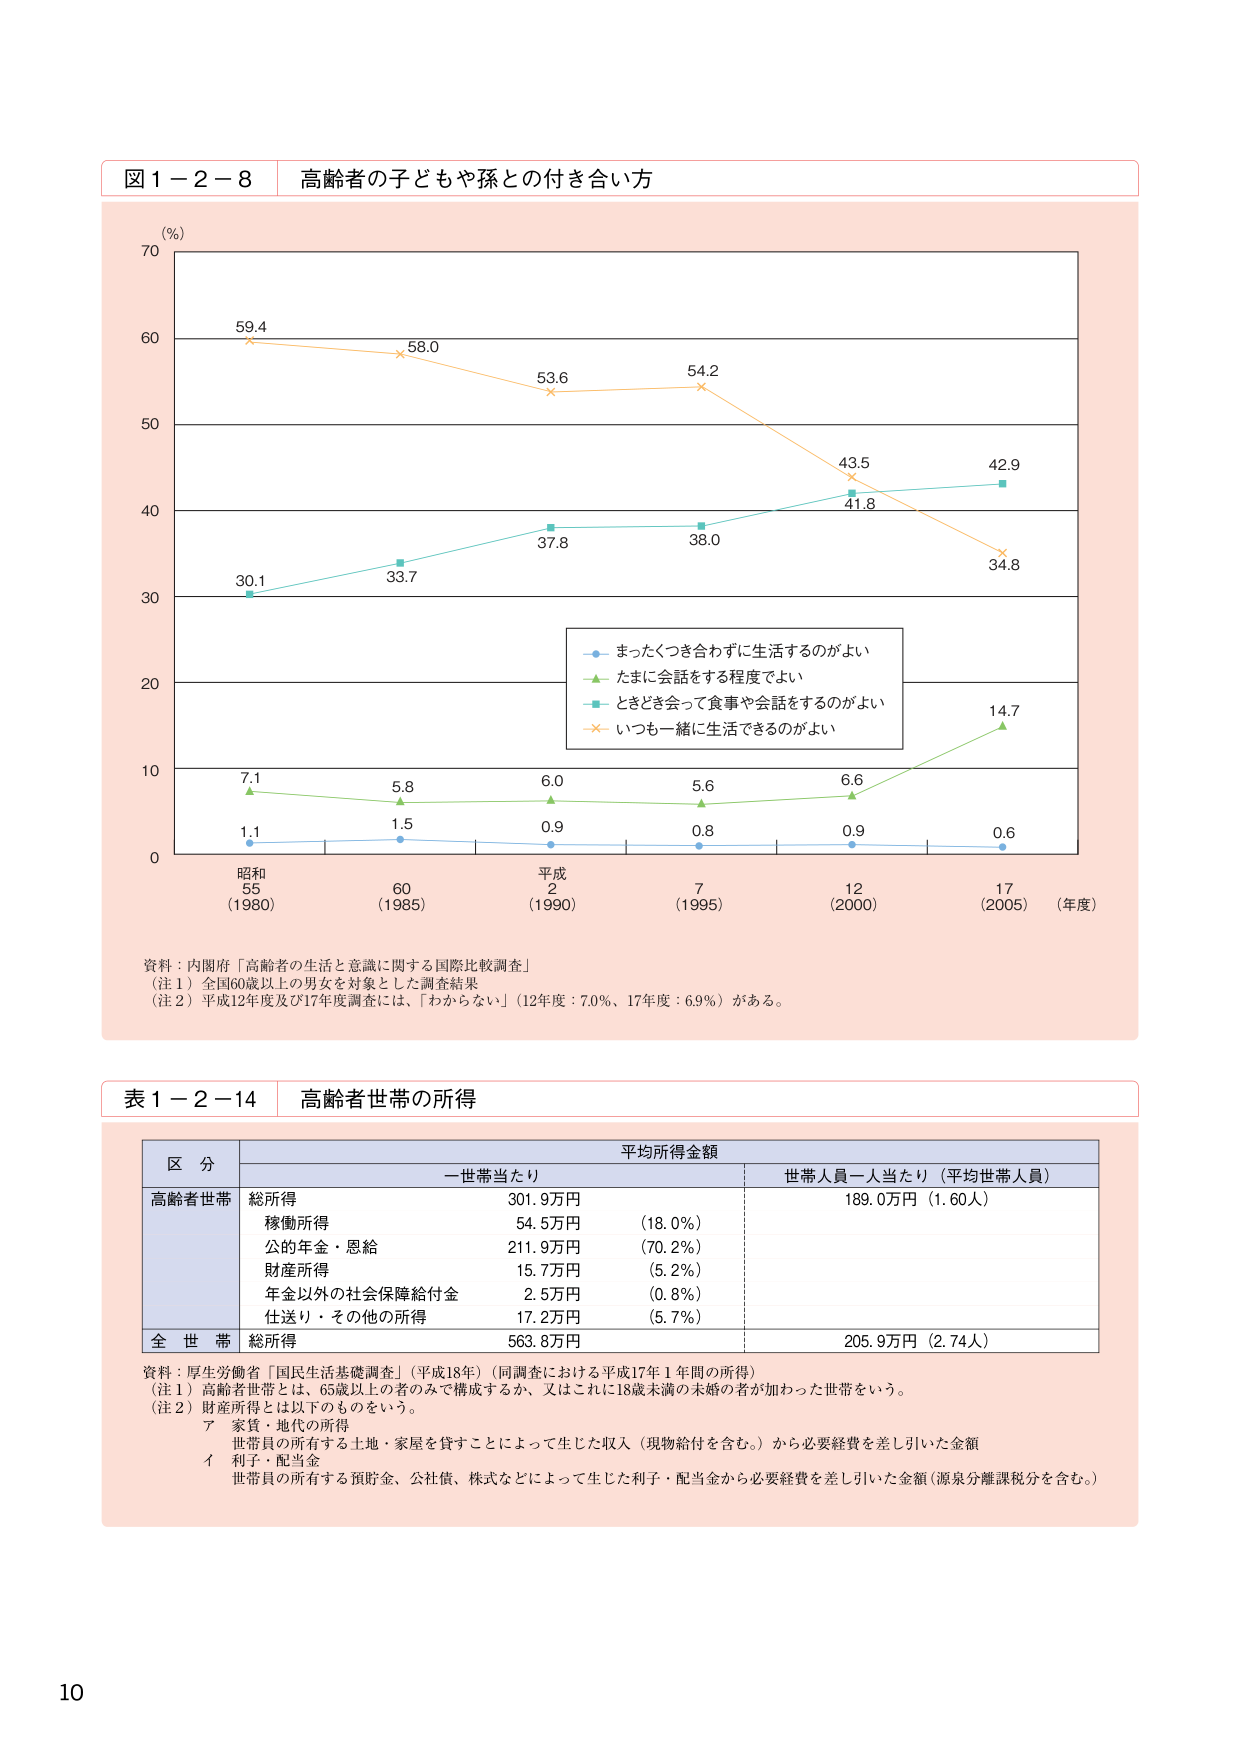
図１－２－８ 高齢者の子どもや孫との付き合い方

(％)
70
60
59.4
58.0
53.6
54.2
43.5
42.9
41.8
34.8
50
40
30
30.1
33.7
37.8
38.0
20
10
14.7
7.1
5.8
6.0
5.6
6.6
1.1
1.5
0.9
0.8
0.9
0.6
0
昭和
55
(1980)
60
(1985)
平成
2
(1990)
7
(1995)
12
(2000)
17
(2005)
(年度)

・まったくつき合わずに生活するのがよい
・たまに会話をする程度でよい
・ときどき会って食事や会話をするのがよい
・いつも一緒に生活できるのがよい

資料：内閣府「高齢者の生活と意識に関する国際比較調査」
（注１）全国60歳以上の男女を対象とした調査結果
（注２）平成12年度及び17年度調査には、「わからない」（12年度：7.0％、17年度：6.9％）がある。

表１－２－14 高齢者世帯の所得

平均所得金額
区分 一世帯当たり 世帯人員一人当たり（平均世帯人員）
高齢者世帯 総所得 301.9万円 189.0万円（1.60人）
移動所得 54.5万円 （18.0％）
公的年金・恩給 211.9万円 （70.2％）
財産所得 15.7万円 （5.2％）
年金以外の社会保障給付金 2.5万円 （0.8％）
仕送り・その他の所得 17.2万円 （5.7％）
全世帯 総所得 563.8万円 205.9万円（2.74人）

資料：厚生労働省「国民生活基礎調査」（平成18年）（同調査における平成17年１年間の所得）
（注１）高齢者世帯とは、65歳以上の者のみで構成するか、又はこれに18歳未満の未婚の者が加わった世帯をいう。
（注２）財産所得とは以下のものをいう。
ア 家賃・地代の所得
世帯員の所有する土地・家屋を貸すことによって生じた収入（現物給付を含む。）から必要経費を差し引いた金額
イ 利子・配当金
世帯員の所有する預貯金、公社債、株式などによって生じた利子・配当金から必要経費を差し引いた金額（源泉分離課税分を含む。）

10